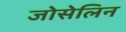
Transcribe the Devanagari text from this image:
जोसेलिन